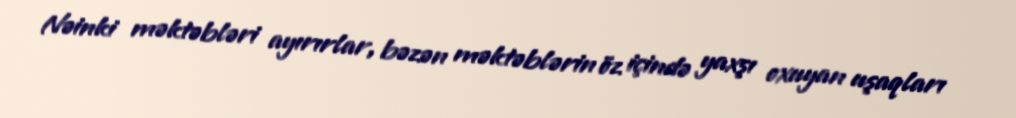
Nəinki məktəbləri ayırırlar, bəzən məktəblərin öz içində yaxşı oxuyan uşaqları